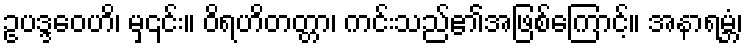
ဥပဒ္ဒဝေဟိ၊ မှ၎င်း။ ဝိရဟိတတ္တာ၊ ကင်းသည်၏အဖြစ်ကြောင့်။ အနာရမ္ဘံ၊